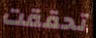
تحققت